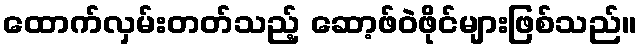
ထောက်လှမ်းတတ်သည့် ဆော့ဖ်ဝဲဖိုင်များဖြစ်သည်။